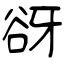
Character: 谺